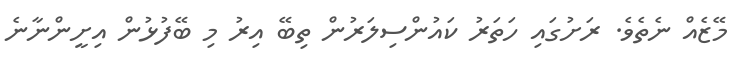
މޭޒެއް ނެތެވެ. ރަށުގައި ހަތަރު ކައުންސިލަރުން ތިބޭ އިރު މި ބޭފުޅުން އިށީންނާނެ